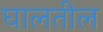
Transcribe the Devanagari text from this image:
घालतील